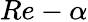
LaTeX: Re-\alpha